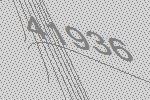
41936